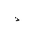
Letter: _thal